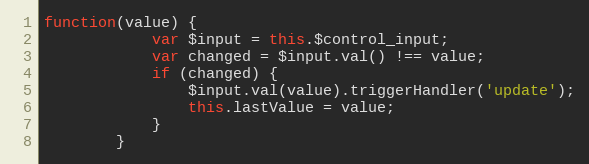
Language: JavaScript
function(value) {
			var $input = this.$control_input;
			var changed = $input.val() !== value;
			if (changed) {
				$input.val(value).triggerHandler('update');
				this.lastValue = value;
			}
		}